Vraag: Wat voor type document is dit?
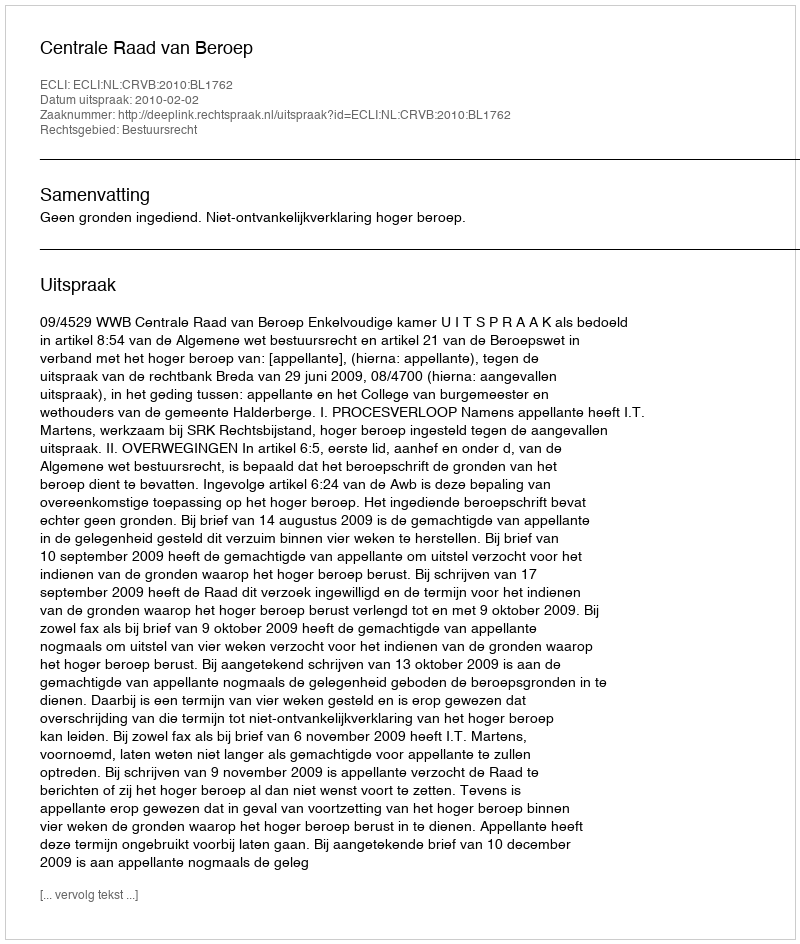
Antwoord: Uitspraak